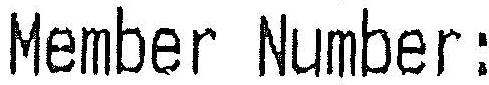
MEMBER NUMBER :